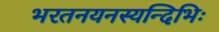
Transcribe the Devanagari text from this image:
भरतनयनस्यन्दिभिः